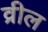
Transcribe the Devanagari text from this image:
व्रील